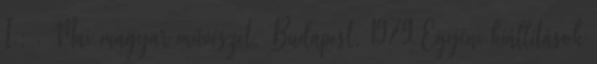
I.: . Mai magyar művészet, Budapest, 1979 Egyéni kiállítások